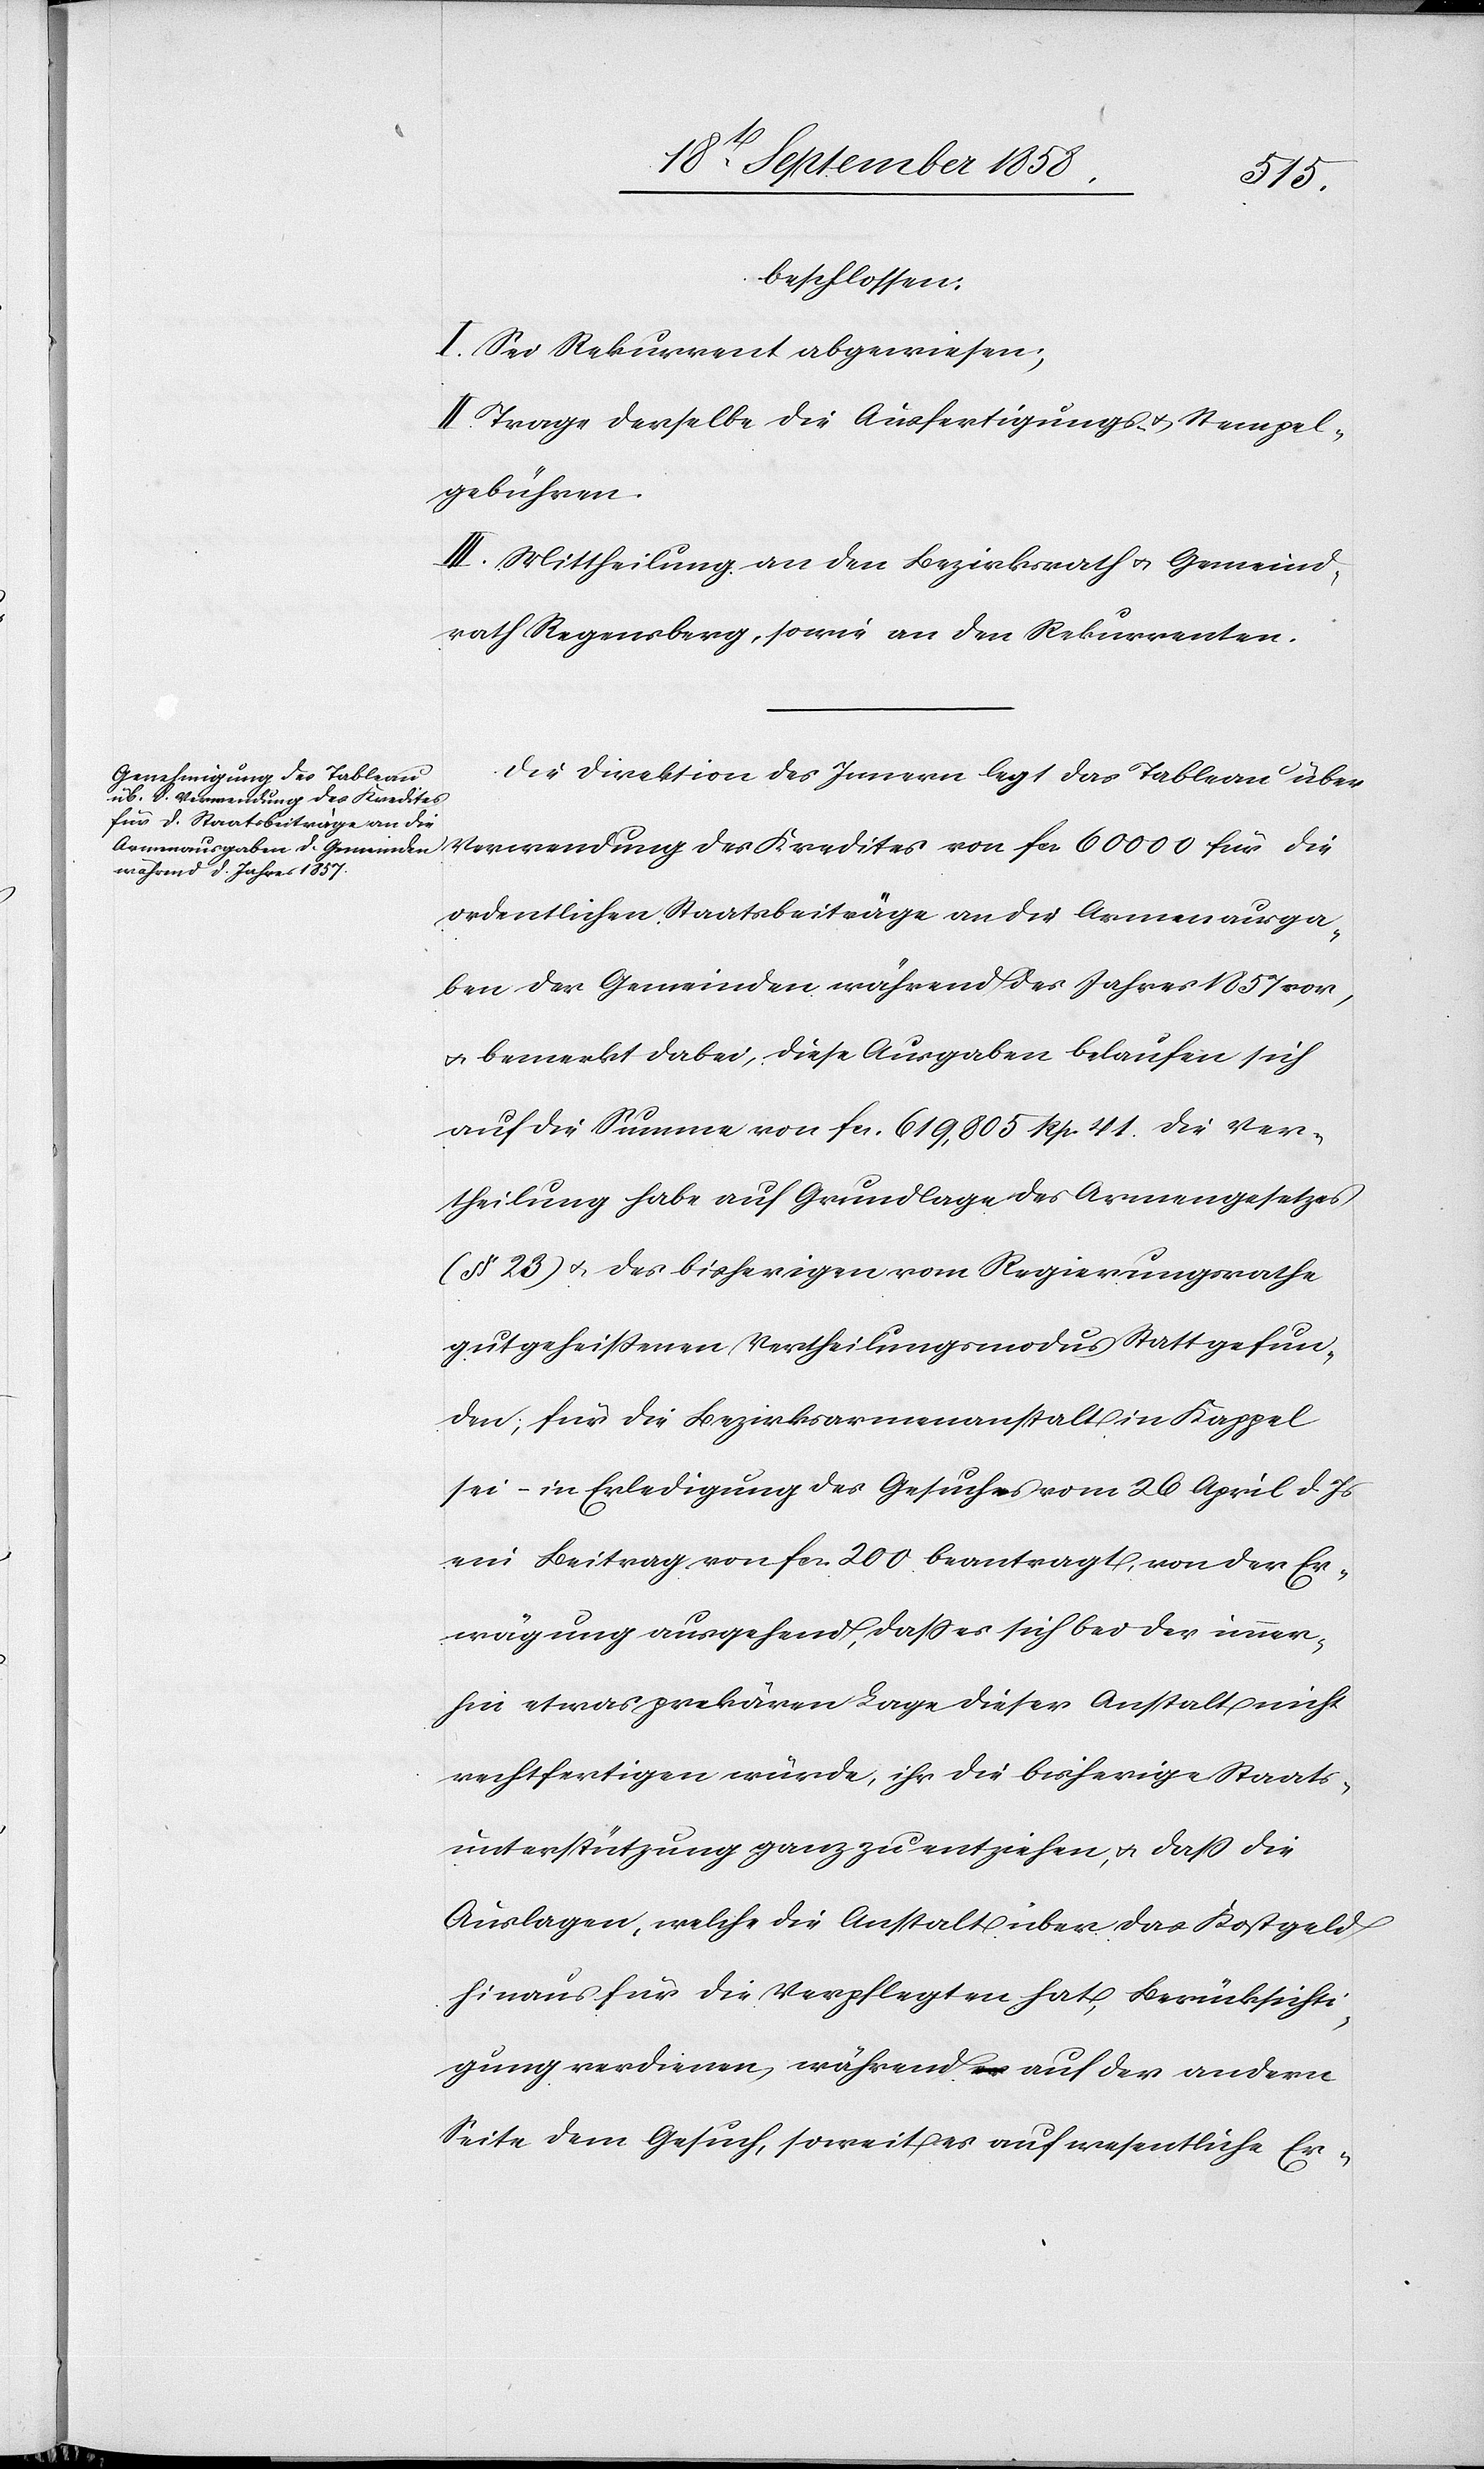
beschlossen:
I. Sei Rekurrent abgewiesen;
II. Trage derselbe die Ausfertigungs- & Stempel¬
gebühren.
III. Mittheilung an den Bezirksrath & Gemeind¬
rath Regensberg, sowie an den Rekurrenten.
Die Direktion des Innern legt das Tableau über
Verwendung des Kredites von fcs. 60 000 für die
ordentlichen Staatsbeiträge an die Armenausga¬
ben der Gemeinden während des Jahres 1857 vor,
& bemerkt dabei, diese Ausgaben belaufen sich
auf die Summe von fcs. 619,805 Rp. 41. Die Ver¬
theilung habe auf Grundlage des Armengesetzes
(§ 23) & des bisherigen vom Regierungsrathe
gutgeheissenen Vertheilungsmodus Statt gefun¬
den; für die Bezirksarmenanstalt in Kappel
sei – in Erledigung des Gesuches vom 26 April d. Js
ein Beitrag von fcs. 200 beantragt, von der Er¬
wägung ausgehend, dass es sich bei der immer¬
hin etwas prekären Lage dieser Anstalt nicht
rechtfertigen würde, ihr die bisherige Staats¬
unterstützung ganz zu entziehen, & dass die
Auslagen, welche die Anstalt über das Kostgeld
hinaus für die Verpflegten hat, Berücksichti¬
gung verdienen, während auf der andern
Seite dem Gesuch, soweit es auf wesentliche Er-